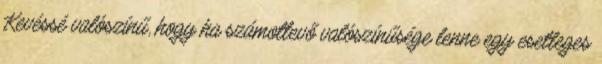
Kevéssé valószínű, hogy ha számottevő valószínűsége lenne egy esetleges